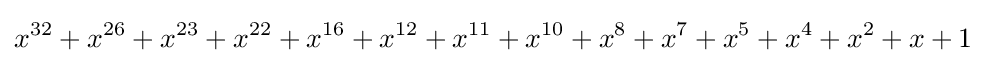
x^{32}+x^{26}+x^{23}+x^{22}+x^{16}+x^{12}+x^{11}+x^{10}+x^{8}+x^{7}+x^{5}+x^{4}+x^{2}+x+1